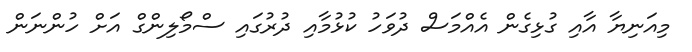
މިއަނިޔާ އާއި ގުޅިގެން އެއްމަސް ދުވަހު ކުޅުމާއި ދުރުގައި ސްމޯލިންގް އަށް ހުންނަން